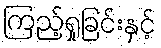
ကြည့်ရှုခြင်းနှင့်